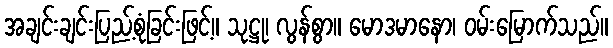
အချင်းချင်းပြည့်စုံခြင်းဖြင့်။ သုဋ္ဌု၊ လွန်စွာ။ မောဒမာနော၊ ဝမ်းမြောက်သည်။